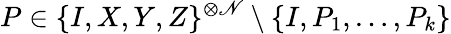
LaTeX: P\in\{ I,X,Y,Z\} ^{\otimes\mathscr{N}}\setminus\{ I,P_{1},\ldots,P_{k}\}